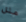
مثل